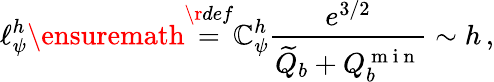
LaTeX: \ell_{\psi}^{h}\ensuremath{\stackrel{\r{def}}{=}}\mathbb{C}_{\psi}^{h}\frac{e^{3/2}}{\widetilde Q_{b}+Q_{b}^{\mathrm{~m~i~n~}}}\sim h\, ,